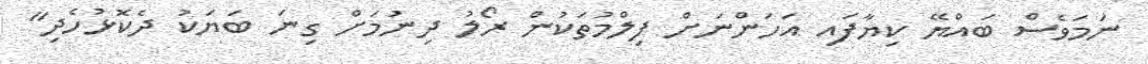
ނަމަވެސް ބައްޔޭ ކިޔާފައި އަހަންނަށް ފިލްމުތަކުން ރޯލު ދިނުމަށް ގިނަ ބަޔަކު ދެކޮޅުހެދި"